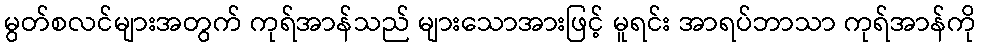
မွတ်စလင်များအတွက် ကုရ်အာန်သည် များသောအားဖြင့် မူရင်း အာရပ်ဘာသာ ကုရ်အာန်ကို